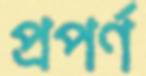
প্রপর্ণ